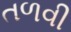
તળવી